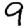
Digit: 9